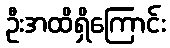
ဦးအထိရှိကြောင်း